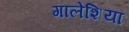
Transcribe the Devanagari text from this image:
गालेशिया